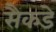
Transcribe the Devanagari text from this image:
सैकडे